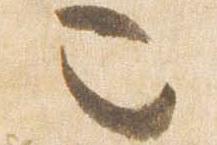
也